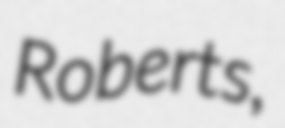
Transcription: Roberts,